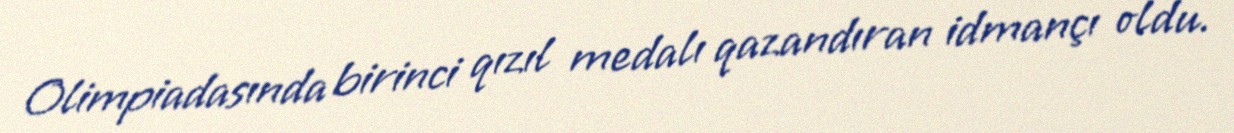
Olimpiadasında birinci qızıl medalı qazandıran idmançı oldu.